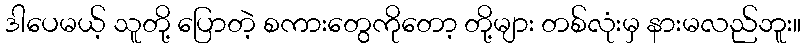
ဒါပေမယ့် သူတို့ ပြောတဲ့ စကားတွေကိုတော့ တို့များ တစ်လုံးမှ နားမလည်ဘူး။